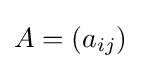
A=\left(a_{ij}\right)